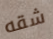
شقه